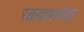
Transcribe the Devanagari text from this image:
रक्तदाबापेक्षा